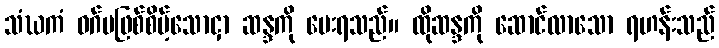
သံဃကံ ဝဂ်မဖြစ်စိမ့်သောငှာ ဆန္ဒကို ပေးရသည်။ ထိုဆန္ဒကို ဆောင်လာသော ရဟန်းသည်